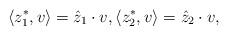
LaTeX: \begin{align*}\langle z_1^*, v\rangle = \hat z_1 \cdot v,\langle z_2^*,v\rangle = \hat z_2\cdot v,\end{align*}